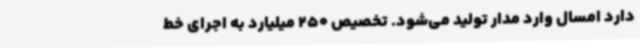
دارد امسال وارد مدار تولید می‌شود. تخصیص 250 میلیارد به اجرای خط